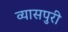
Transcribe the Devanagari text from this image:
व्यासपुरी